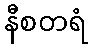
နီစတရံ